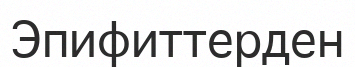
Эпифиттерден